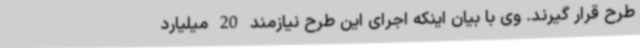
طرح قرار گیرند. وی با بیان اینکه اجرای این طرح نیازمند 20 میلیارد